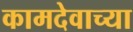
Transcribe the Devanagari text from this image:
कामदेवाच्या